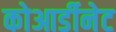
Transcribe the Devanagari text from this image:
कोआर्डीनेट